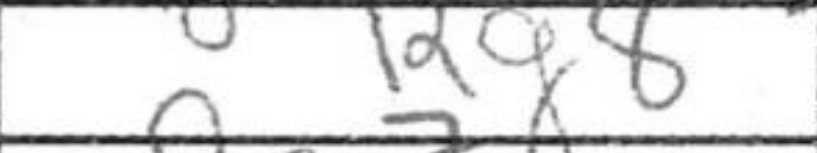
Transcription: Rg8